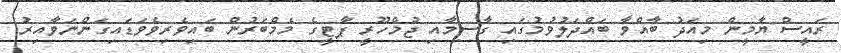
ރައީސް ޔާމީން މިއަދު ބާއްވާ ބައްދަލުވުމުގައި ގާސިމާއި ޖުމްހޫރީ ޕާޓީގެ މެމްބަރުން ބައިވެރިވެވަަޑައިގަންނަވާއިރު